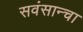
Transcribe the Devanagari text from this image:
सवंसान्चा